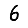
Digit: 6